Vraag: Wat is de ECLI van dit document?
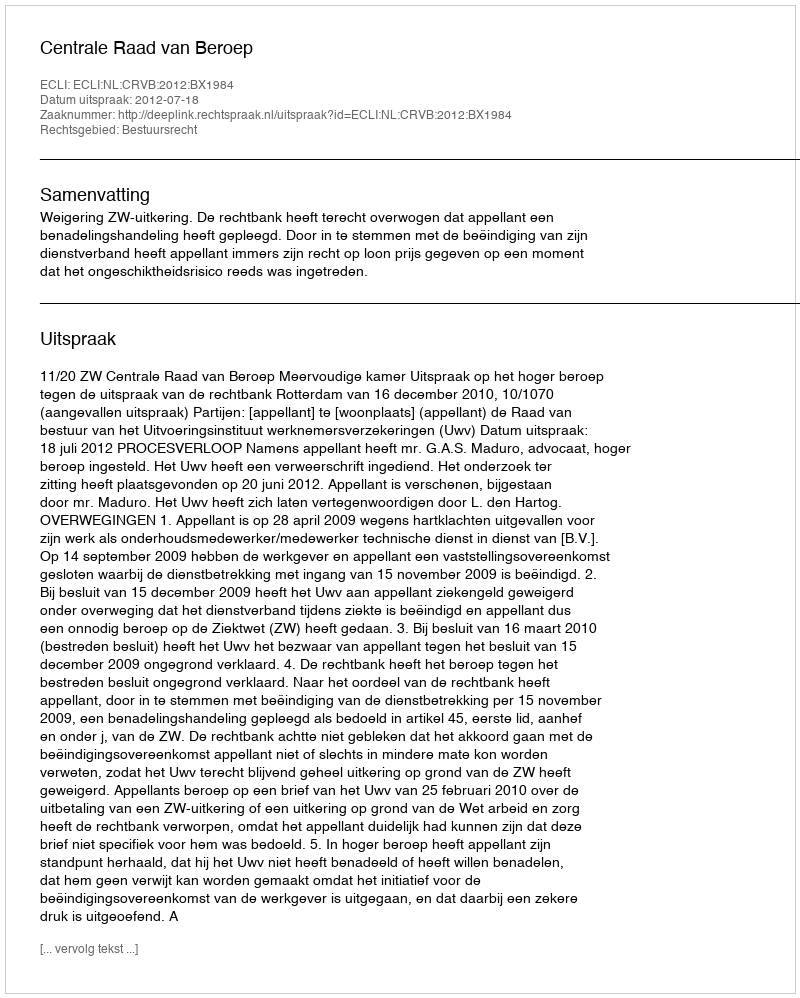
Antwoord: ECLI:NL:CRVB:2012:BX1984